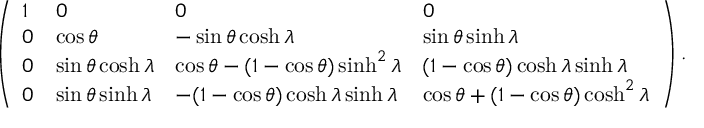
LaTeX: \left( \begin{array} { l l l l } { { 1 } } & { { 0 } } & { { 0 } } & { { 0 } } \\ { { 0 } } & { { \cos \theta } } & { { - \sin \theta \cosh \lambda } } & { { \sin \theta \sinh \lambda } } \\ { { 0 } } & { { \sin \theta \cosh \lambda } } & { { \cos \theta - ( 1 - \cos \theta ) \sinh ^ { 2 } \lambda } } & { { ( 1 - \cos \theta ) \cosh \lambda \sinh \lambda } } \\ { { 0 } } & { { \sin \theta \sinh \lambda } } & { { - ( 1 - \cos \theta ) \cosh \lambda \sinh \lambda } } & { { \cos \theta + ( 1 - \cos \theta ) \cosh ^ { 2 } \lambda } } \end{array} \right) .